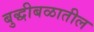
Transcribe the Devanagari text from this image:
बुद्धीबळातील